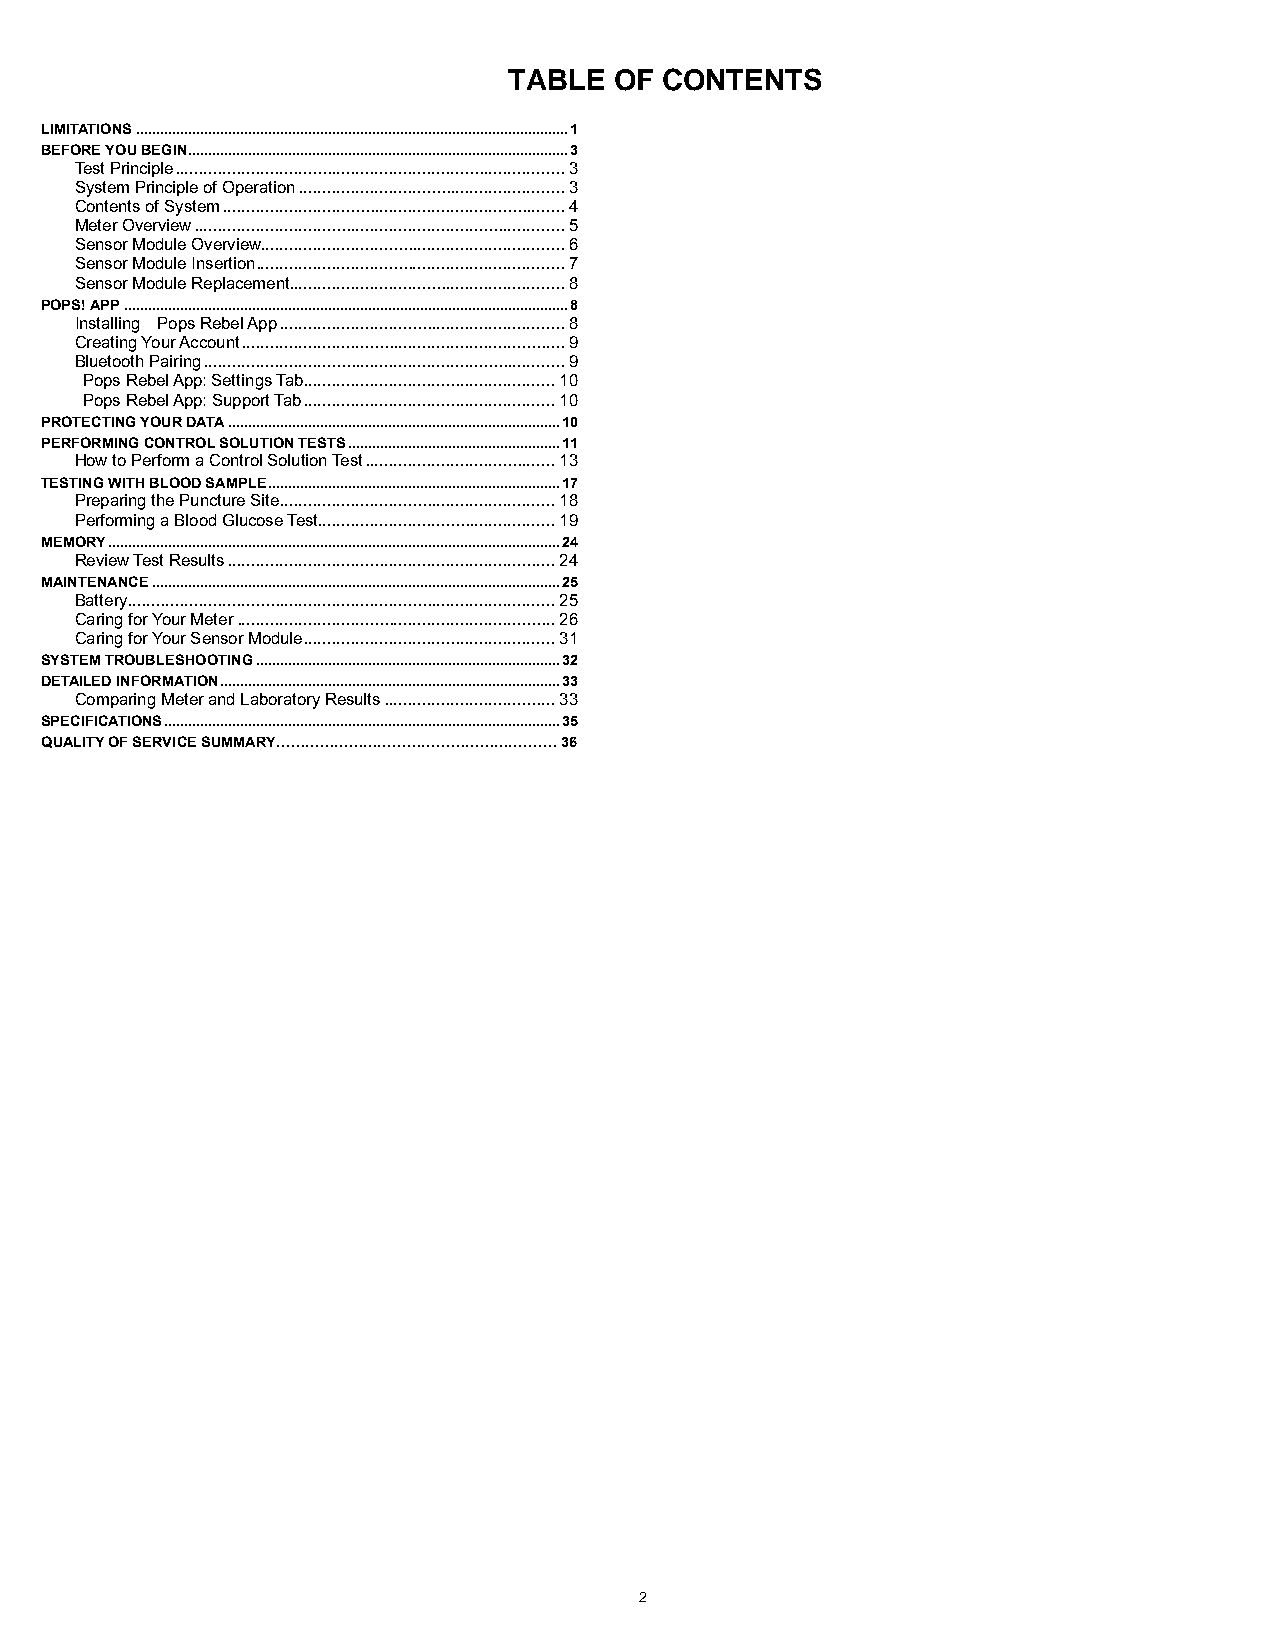
TABLE  OF CONTENTS
 LIMITATIONS ............................................................................................................ 1
 BEFORE YOU BEGIN ............................................................................................... 3
 Test Principle .................................................................................. 3
 System Principle of Operation ........................................................ 3
 Contents of System ........................................................................ 4
 Meter Overview .............................................................................. 5
 Sensor Module Overview ................................................................ 6
 Sensor Module Insertion ................................................................. 7
 Sensor Module Replacement .......................................................... 8
 POPS! APP ............................................................................................................... 8
 Installing Pops Rebel App ............................................................ 8
 Creating Your Account .................................................................... 9
 Bluetooth Pairing ............................................................................ 9
 Pops Rebel App: Settings Tab ..................................................... 10
 Pops Rebel App: Support Tab ..................................................... 10
 PROTECTING YOUR DATA ................................................................................... 10
 PERFORMING CONTROL SOLUTION TESTS ..................................................... 11
 How to Perform a Control Solution Test ........................................ 13
 TESTING WITH BLOOD SAMPLE ......................................................................... 17
 Preparing the Puncture Site .......................................................... 18
 Performing a Blood Glucose Test .................................................. 19
 MEMORY ................................................................................................................. 24
 Review Test Results ..................................................................... 24
 MAINTENANCE ...................................................................................................... 25
 Battery .......................................................................................... 25
 Caring for Your Meter ................................................................... 26
 Caring for Your Sensor Module ..................................................... 31
 SYSTEM TROUBLESHOOTING ............................................................................ 32
 DETAILED INFORMATION ..................................................................................... 33
 Comparing Meter and Laboratory Results .................................... 33
 SPECIFICATIONS ................................................................................................... 35
 QUALITY OF SERVICE SUMMARY…………………………………………………. 36
 2